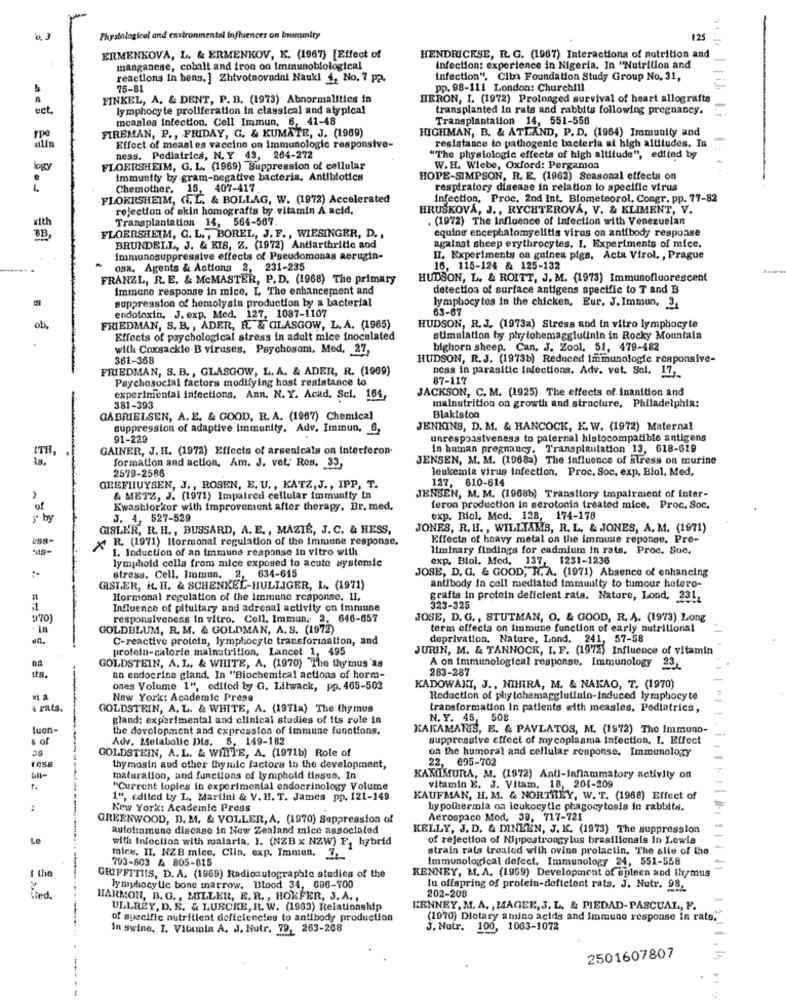
Physiological and environmental influences on bunumity
125
11.1
ERMENKOVA, L. & ERMENKOV, K. (1967) [Effect of
HENDRICKSE, R. G. (1987) Interactions of nutrition and
manganese, cobalt and iron on Immunoblological
infection: experience in Nigeria, In "Nutrition and
reactions in hens. ] Zhivotnovudni Naukl +, No. 7 p2.
infection". Ciba Foundation Study Group No. 31,
75-81
pp. 98-111 London: Churchill
FINKEL, A. & DENT, P. B. (1973) Abnormalities in
HERON, I. (1972) Prolonged survival of heart allografts
ect.
lymphocyte proliferation in classical and atypical
transplanted in rats and rabbits following pregnancy.
measles infection. Cell Immun, 6, 41-48
Transplantation 14, 551-556
rpe
HIGHMAN, B. & ATLAND, P. D. (1964) Immunity and
FIREMAN, P ., FRIDAY, G. & KUMATE, J. (1969)
Effect of measles vaccine on immunologie responsive-
resistance to pathogenic bacteria at high altitudes. In
ness. Pediatrica, N. Y 43, 264-272
"The physiologic effects of high altitude", edited by
logy
FLOERSHEIM, G. L. (1969) Suppression of cellular
W.H. Wiebe, Oxford: Pergamon
Immunity by gram-negative bacteria, Antibiotics
HOPE-SIMPSON, R. E. (1962) Seasonal effects on
Chemother. 15, 407-417
respiratory disease in relation to specific virus
FLORRSHEIM, G.L. & BOLLAG, W. (1972) Accelerated
Infection, Proc. 2nd Int. Blometeorol, Congr. pp. 77-82
rejection of skin homografts by vitamin A acid,
HRUŠKOVÁ, J ., RYCHTEROVÁ, V. & KLIMENT, V.
Transplantation 14, 564-567.
. (1972) The Influence of infection with Venezuelan
xith
equine encephalomyelitis virus on antibody response
FLOERSHEIM, G. L ., BOREL, J. F ., WIESINGER, D .,
BRUNDELL, J. & KIS, Z. (1972) Antiarthritic and
against sheep erythrocytes. I. Experiments of mice.
Immunosuppressive effects of Pseudomonas aerugin-
II. Experiments on guinea pigs, Acta Virol. , Prague
osa. Agents & Actions 2, 231-235
16, 115-124 & 125-132
FRANZL, R. E. & McMASTER, P.D. (1968) The primary
HUDSON, L. & ROITT, J. M. (1973) Immunofluorescent
immune response in mice. I The enhancement and
detection of surface antigens specific to T and B
suppression of homolysin production by a bacterial
lymphocytes in the chicken. Eur. J. Immun, 3,
endotoxin, J. exp, Med. 127, 1087-1107
ob.
FRIEDMAN, S. B. , ADER, R. & GLASGOW, L. A. (1965)
HUDSON, R.J. (1973a) Stress and in vitro lymphocyte
Effects of psychological stress in adult mice inoculated
stimulation by phytohemagglutinin in Rocky Mountain
with Coxsackie B viruses, Psychosom, Med. 27,
bighorn sheep. Can, J. Zool, 51, 479-482
361-368
HUDSON, R.J. (1973b) Reduced Immunologie responsive-
FRIEDMAN, S. B ., GLASGOW, L. A. & ADER, R. (1969)
ness in parasitic infections, Adv. vet. Sel. 17,
Psychosocial factors modifying host resistance to
87-117
JACKSON, C. M. (1925) The effects of inanition and
experimental infections, Ann. N. Y. Acad. Sci. 164,
malnutrition on growth and structure, Philadelphia:
381-393
GABRIELSEN, A. E. & GOOD, R. A. (1967) Chemical
Blakiston
suppression of adaptive Immunity. Adv. Immun, 6,
JENKINS, D. M. & HANCOCK, K. W. (1972) Maternal
91-229
unresponsiveness to paternal histocompatible antigens
ITH
GAINER, J. H. (1972) Effects of arsenicals on interferon-
In human pregnancy. Transplantation 13, 618-619
JENSEN, M. M. (1968a) The influence of stress on murine
formation and action, Am. J. vet; Ros. 33,
leukemia virus infection. Proc. Soc. exp. Biol. Med.
2579-2586
127, 610-614
GEEFHUYSEN, J ., ROSEN, E. U ., KATZ, J ., IPP, T.
& METZ, J. (1971) Impaired cellular immunity in
JENSEN, M. M. (1968b) Transitory impairment of inter-
of
Kwashiorkor with improvement after therapy. Dr. med.
feron production in serotonin treated mice. Proc. Soc.
y by
J. 4, 527-529
exp. Biol, Med. 128, 174-178
GISLER, R. H ., BUSSARD, A. E ., MAZIÉ, J. C. & HESS,
JONES, R. H ., WILLIAMS, R. L. & JONES, A. M. (1971)
Effects of heavy metal on the immune reponse, Pre-
X R. (1971) Hormonal regulation of the Immune response.
1. Induction of an immune response in vitro with
liminary findings for cadmium in rats. Proc. Soc.
exp. Blol. Mod.
137, 1231-1236
lymphotd cells from mice exposed to acute systemie
JOSE, D. G. & GOOD, R. A. (1971) Absence of enhancing
stress. Cell. Immun. 2, 634-615
antibody in cell mediated immunity to tumour hetero-
GISTER, K. H. & SCHENKEL-HULLIGER, L. (1971)
Hormonal regulation of the immune response. II.
grafts in protein deficient rata. Nature, Lond, 231,
Influence of pituitary and adrenal activity on immune
323-325
#70)
responsiveness in vitro, Cell. Immun, 2, 646-657
JOSE, D. G ., STUTMAN, O. & GOOD, R. A. (1973) Long
. In
GOLDBLUM, R. M. & GOLDMAN, A. S. (1972)
term effects on immune function of early nutritional
C-reactive protein, lymphocyte transformation, and
deprivation. Nature, Lond. 241, 57-58
protein-calorie malnutrition. Lancet 1, 495
JURIN, M. & TANNOCK, I. F. (1972) Influence of vitamin
GOLDSTEIN, A. L. & WHITE, A. (1970) The thymus 'as
A on immunological response, Immunology 23
283-287
tts.
an endocrine gland. In "Biochemical actions of horm-
ones Volume 1", edited by G. Litwack, pp. 465-502
KADOWAKI, J ., NIHIRA, M. & NAKAO, T. (1970)
New York: Academic Press
Reduction of phytohemagglutinin-induced lymphocyte
rats.
GOLDSTEIN, A. L. & WHITE, A. (1971a) The thymus
transformation in patients with measles, Pediatrics,
gland: experimental and clinical studies of its role in
N. Y. 45, 508
luen-
the development and expression of immune functions.
KARAMANIS, E. & PAVLATOS, M. (1972) The Immuno-
s of
Adv. Metabolic Dis. 5. 149-182
suppressive effect of mycoplasma Infection. I. Effect
GOLDSTEIN, A. L. & WHITE, A. (1971b) Role of
on the humoral and cellular response. Immunology
22, 695-702
hy mosin and other thysulc factors in the development,
maturalion, and functions of lymphold tissue, In
KAMIMURA, M. (1972) Anti-Inflammatory activity on
r.
"Current toples in experimental endocrinology Volume
vitamin E. J. Vitam. 18, 204-209
1", edited ty L. Martini & V. H. T. James pp. 121-149
KAUFMAN, H. M. & NORTHEY, W. T. (1988) Effect of
New York: Academic Press
hypothermia oa leukocytie phagocytosis in rabbita.
GREENWOOD, D. M. & VOLLER, A. (1970) Suppression of
Aerospaco Mod. 30, 717-721
autotinmuno discase in New Zealand mice associated
KELLY, J. D. & DINLEN, J. K. (1973) The suppression
Le
with infection with malaria. I. (NZB x NZW) F, hybrid
of rejection of Nippostrongylus brasilionais in Lewis
strain rals treated with ovine prolactin. The site of the
mice. II. NZB mice, Ciin, exp. Immun. __
793-803 & 805-815
Immunological defect. Immunology 24, 551-558
I the
KENNEY, M. A. (1969) Development of spleen and ihr/mus
GRIFFTTIIS, D. A. (1969) Radioautographic studies of the
lymphocytic bone marrow. Blood 34, 696-700
In offspring of protein-deficient rats. J. Nutr. 98,
Wed.
HARMON, B. G ., MILLER, E. R. , HOEFER, J. A. ,
202-208
ULLREY, D. E. & LUBCKE, R. W. (1983) Relationship
KENNEY, M. A. , MAGEE, J. L. & PIEDAD-PASCUAL, F.
of specific nutritient deficiencies to antibody production
(1970) Dietary amino acids and immune response in rats.
in swine. I. Vitamin A. J. Nutr. 79, 263-208
J. Nutr. 100, 1003-1072
2501607807